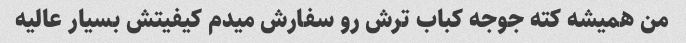
من همیشه کته جوجه کباب ترش رو سفارش میدم کیفیتش بسیار عالیه